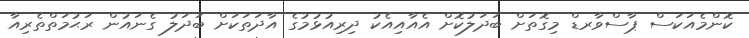
ކޮންމެއަކަސް ޕާސްވާރޑް މިގޮތަށް ބަދަލުކޮށް އެއާއިއެކު ދިރިއުޅުމުގެ އާދަތަކަށް ބަދަލު ގެނައުން ރަޙުމަތްތެރިއާ